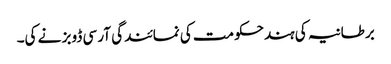
برطانیہ کی ہندحکومت کی نمائندگی آر سی ڈوبز نے کی۔